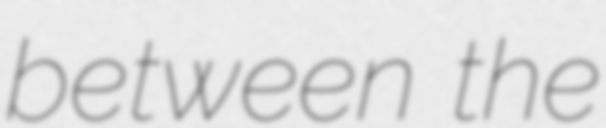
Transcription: between the